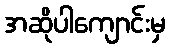
အဆိုပါကျောင်းမှ